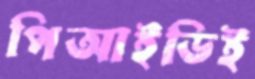
পিআইডিই